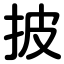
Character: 披